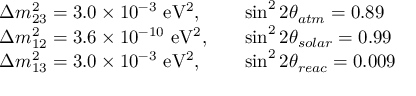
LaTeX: \begin{array} { l l } { { \Delta m _ { 2 3 } ^ { 2 } = 3 . 0 \times 1 0 ^ { - 3 } \ \mathrm { e V ^ { 2 } } , \quad } } & { { \sin ^ { 2 } 2 \theta _ { a t m } = 0 . 8 9 } } \\ { { \Delta m _ { 1 2 } ^ { 2 } = 3 . 6 \times 1 0 ^ { - 1 0 } \ \mathrm { e V ^ { 2 } } , \quad } } & { { \sin ^ { 2 } 2 \theta _ { s o l a r } = 0 . 9 9 } } \\ { { \Delta m _ { 1 3 } ^ { 2 } = 3 . 0 \times 1 0 ^ { - 3 } \ \mathrm { e V ^ { 2 } } , \quad } } & { { \sin ^ { 2 } 2 \theta _ { r e a c } = 0 . 0 0 9 } } \end{array}